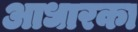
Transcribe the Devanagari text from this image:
आधारका